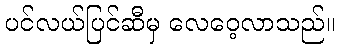
ပင်လယ်ပြင်ဆီမှ လေဝေ့လာသည်။